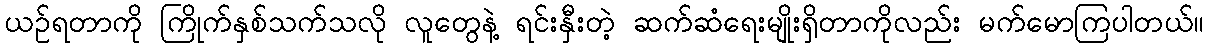
ယဉ်ရတာကို ကြိုက်နှစ်သက်သလို လူတွေနဲ့ ရင်းနှီးတဲ့ ဆက်ဆံရေးမျိုးရှိတာကိုလည်း မက်မောကြပါတယ်။